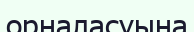
орналасуына